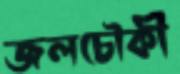
জলচৌকী